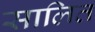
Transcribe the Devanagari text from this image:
सालित